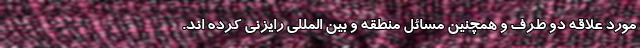
مورد علاقه دو طرف و همچنین مسائل منطقه و بین المللی رایزنی کرده اند.